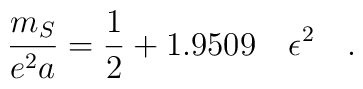
\frac{m_{S}}{e^2 a}=\frac{1}{2}+1.9509 \quad \epsilon ^2\quad .